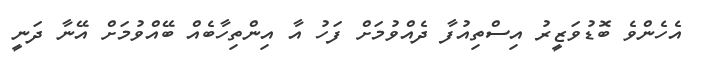
އެހެންވެ ބޮޑުވަޒީރު އިސްތިއުފާ ދެއްވުމަށް ފަހު އާ އިންތިހާބެއް ބޭއްވުމަށް އޭނާ ދަނީ